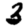
Digit: 3